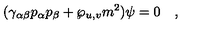
( \gamma _ { \alpha \beta } p _ { \alpha } p _ { \beta } + \wp _ { u , v } m ^ { 2 } ) \psi = 0 \quad ,